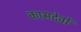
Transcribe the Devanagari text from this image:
कामदेवों